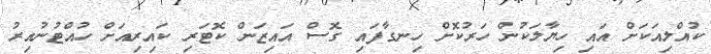
ކުއްލިއަކަށް އައި ހިޔާލަކުން ހަރުކޮށް ހިނގާފައި ގޮސް އައިޒަން ކޮޓަރި ކައިރިއަށް ހުއްޓުނުއިރު